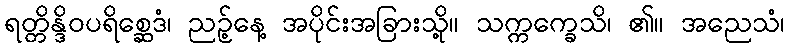
ရတ္တိန္ဒိဝပရိစ္ဆေဒံ၊ ညဉ့်နေ့ အပိုင်းအခြားသို့။ သက္ကက္ခေသိ၊ ၏။ အညေသံ၊